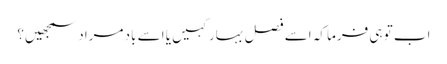
اب تو ہی فرما کہ اسے فصل بہار کہیں یا اسے باد مراد سمجھیں؟